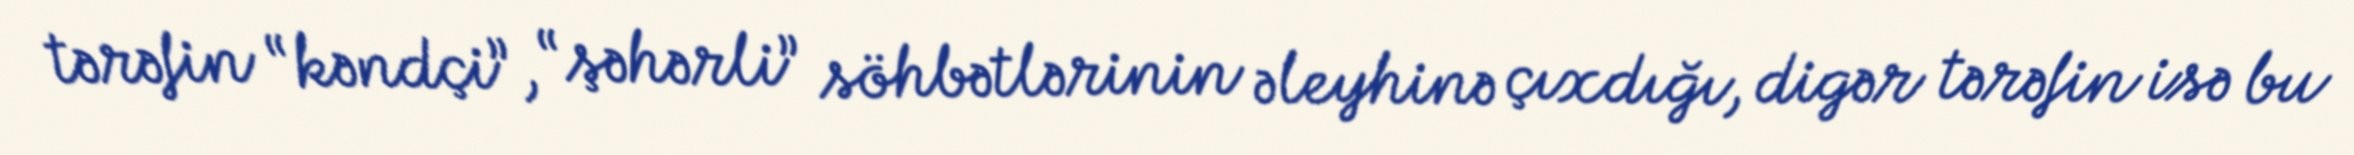
tərəfin “kəndçi”, “şəhərli” söhbətlərinin əleyhinə çıxdığı, digər tərəfin isə bu